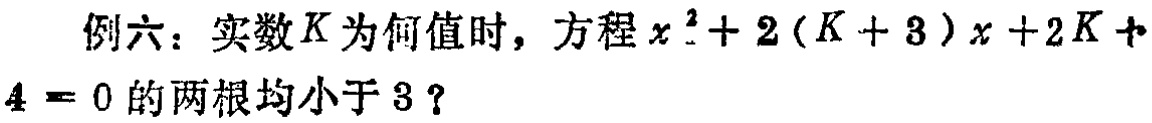
例六：实数\(K\)为何值时，方程\(x^{2}+2(K + 3)x + 2K + 4 = 0\)的两根均小于\(3\)？